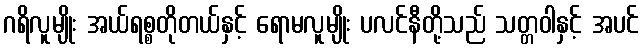
ဂရိလူမျိုး အယ်ရစ္စတိုတယ်နှင့် ရောမလူမျိုး ပလင်နီတို့သည် သတ္တဝါနှင့် အပင်